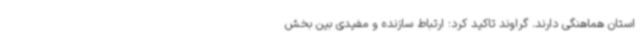
استان هماهنگی دارند. گراوند تاکید کرد: ارتباط سازنده و مفیدی بین بخش